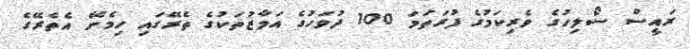
ރައީސް ސޯލިހުގެ ވެރިކަމުގެ ފުރަތަމަ 100 ދުވަހުގެ އަމާޒުތަކުގެ ތެރޭގައި ހިމެނޭ އެތެރޭގެ